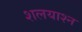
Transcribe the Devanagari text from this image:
शलयाश्न